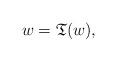
LaTeX: \begin{align*}w=\mathfrak{T}(w),\end{align*}